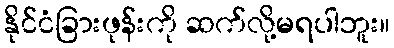
နိုင်ငံခြားဖုန်းကို ဆက်လို့မရပါဘူး။